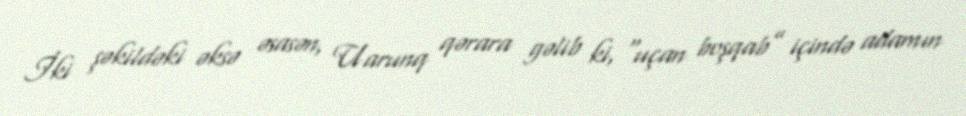
İki şəkildəki əksə əsasən, Uarunq qərara gəlib ki, “uçan boşqab” içində adamın